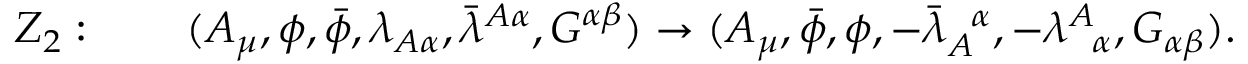
Z _ { 2 } : \qquad ( A _ { \mu } , \phi , \bar { \phi } , \lambda _ { A \alpha } , \bar { \lambda } ^ { A \alpha } , G ^ { \alpha \beta } ) \rightarrow ( A _ { \mu } , \bar { \phi } , \phi , - \bar { \lambda } _ { A } ^ { \! ~ ~ \alpha } , - \lambda _ { \! ~ ~ \alpha } ^ { A } , G _ { \alpha \beta } ) .